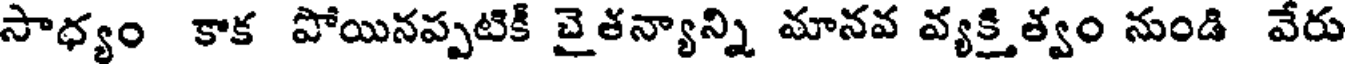
సాధ్యం కాక పోయినప్పటికీ చైతన్యాన్ని మానవ వ్యక్తిత్వం నుండి వేరు